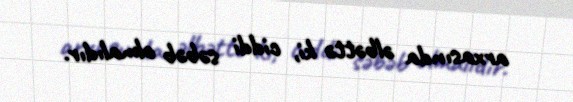
arxasında əlbəttə ki, ciddi səbəb olmalıdır.